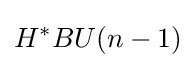
H^{*}BU(n-1)